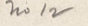
wo 12